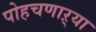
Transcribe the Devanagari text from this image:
पोहचणाऱ्या